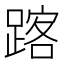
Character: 𨂥